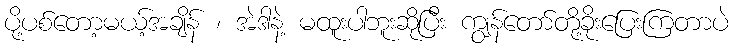
ပို့ပစ်တော့မယ့်အချိန် ၊ အဲဒါနဲ့ မထူးပါဘူးဆိုပြီး ကျွန်တော်တို့ခိုးပြေးကြတာပဲ